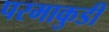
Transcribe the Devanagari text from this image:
परमाकुडी